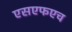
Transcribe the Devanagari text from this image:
एसएफएच